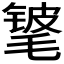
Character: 𬇃